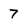
Character: 7